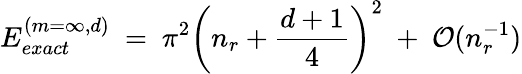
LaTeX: E_{exact}^{(m=\infty,d)}\ =\ \pi^{2}\left(n_{r}+\frac{d+1}{4}\right)^{2}\ +\ \mathcal{O}(n_{r}^{-1})